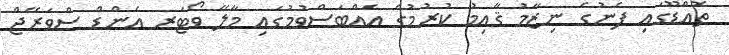
ތޮއްޑޫގައި ފެނުގެ ނިޒާމު ޤާއިމު ކުރުމުގެ އެއްބަސްވުމުގައި މާލޭ ވޯޓަރ އެންޑް ސްވަރޭޖް